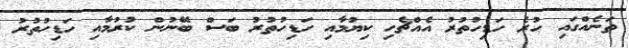
ތަނެއްގައި ހުރެ ހަޑިހުތުރު އެއްޗެހި ކިޔުމާއި ހަޑިހުތުރު ބަސް ބޭނުން ކުރުމާއި ހަޑިހުތުރު